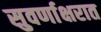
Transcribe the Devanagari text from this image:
सुवर्णाक्षरात